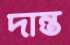
দান্ত